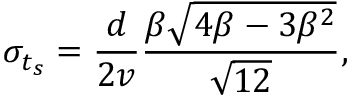
\sigma _ { t _ { s } } = \frac { d } { 2 v } \frac { \beta \sqrt { 4 \beta - 3 \beta ^ { 2 } } } { \sqrt { 1 2 } } ,